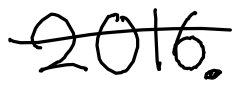
Text: 2016.
Cross-out: single-line
Writing tool: digital_black